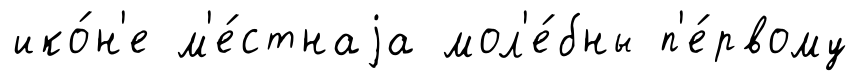
ико́н'е м'е́стнаjа мол'е́бны п'е́рвому